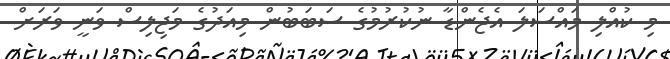
މި ކުއްލި މައްސަލަ އެޖެންޑާ ނުކުރުމުގެ ސަބަބުން މިއަދުގެ މަޖިލިސް ވަނީ ވަރަށް